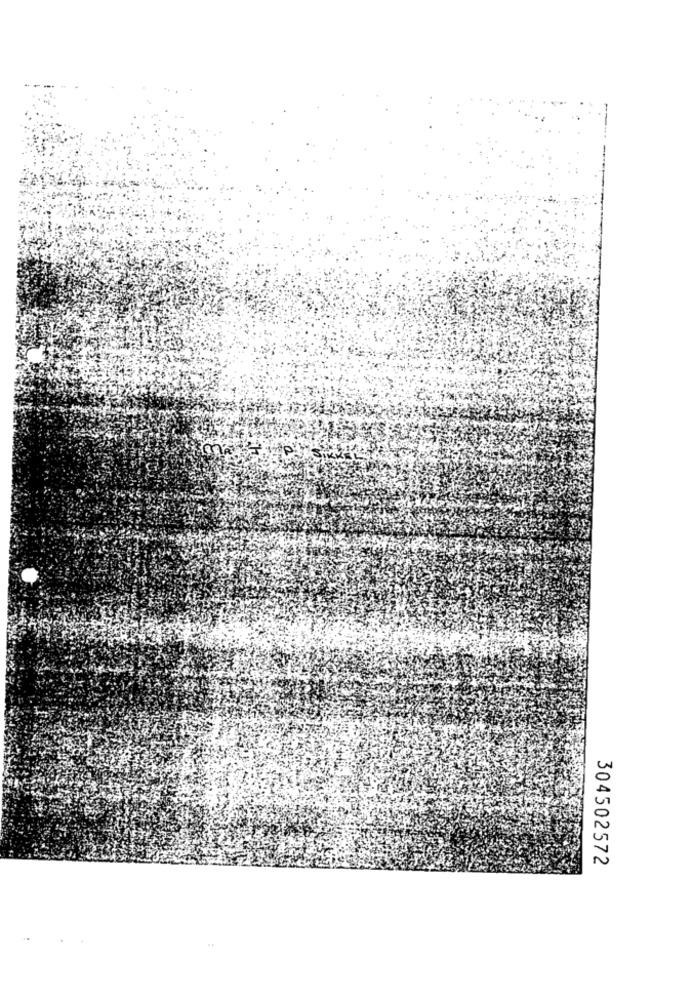
304502572